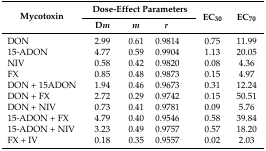
| <ROWSPAN=2> Mycotoxin | <COLSPAN=3> Dose-Effect Parameters | <ROWSPAN=2> EC30 | <ROWSPAN=2> EC70 |
 | Dm | m | r |
 | --- | --- | --- | --- | --- | --- |
 | DON | 2.99 | 0.61 | 0.9814 | 0.75 | 11.99 |
 | 15-ADON | 4.77 | 0.59 | 0.9904 | 1.13 | 20.05 |
 | NIV | 0.58 | 0.42 | 0.9820 | 0.08 | 4.36 |
 | FX | 0.85 | 0.48 | 0.9873 | 0.15 | 4.97 |
 | DON + 15ADON | 1.94 | 0.46 | 0.9673 | 0.31 | 12.24 |
 | DON + FX | 2.72 | 0.29 | 0.9742 | 0.15 | 50.51 |
 | DON + NIV | 0.73 | 0.41 | 0.9781 | 0.09 | 5.76 |
 | 15-ADON + FX | 4.79 | 0.40 | 0.9546 | 0.58 | 39.84 |
 | 15-ADON + NIV | 3.23 | 0.49 | 0.9757 | 0.57 | 18.20 |
 | FX + IV | 0.18 | 0.35 | 0.9557 | 0.02 | 2.03 |